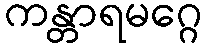
ကန္တာရမဂ္ဂေ